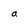
Character: a